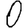
Digit: 0